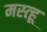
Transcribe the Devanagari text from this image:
मस्त्हू